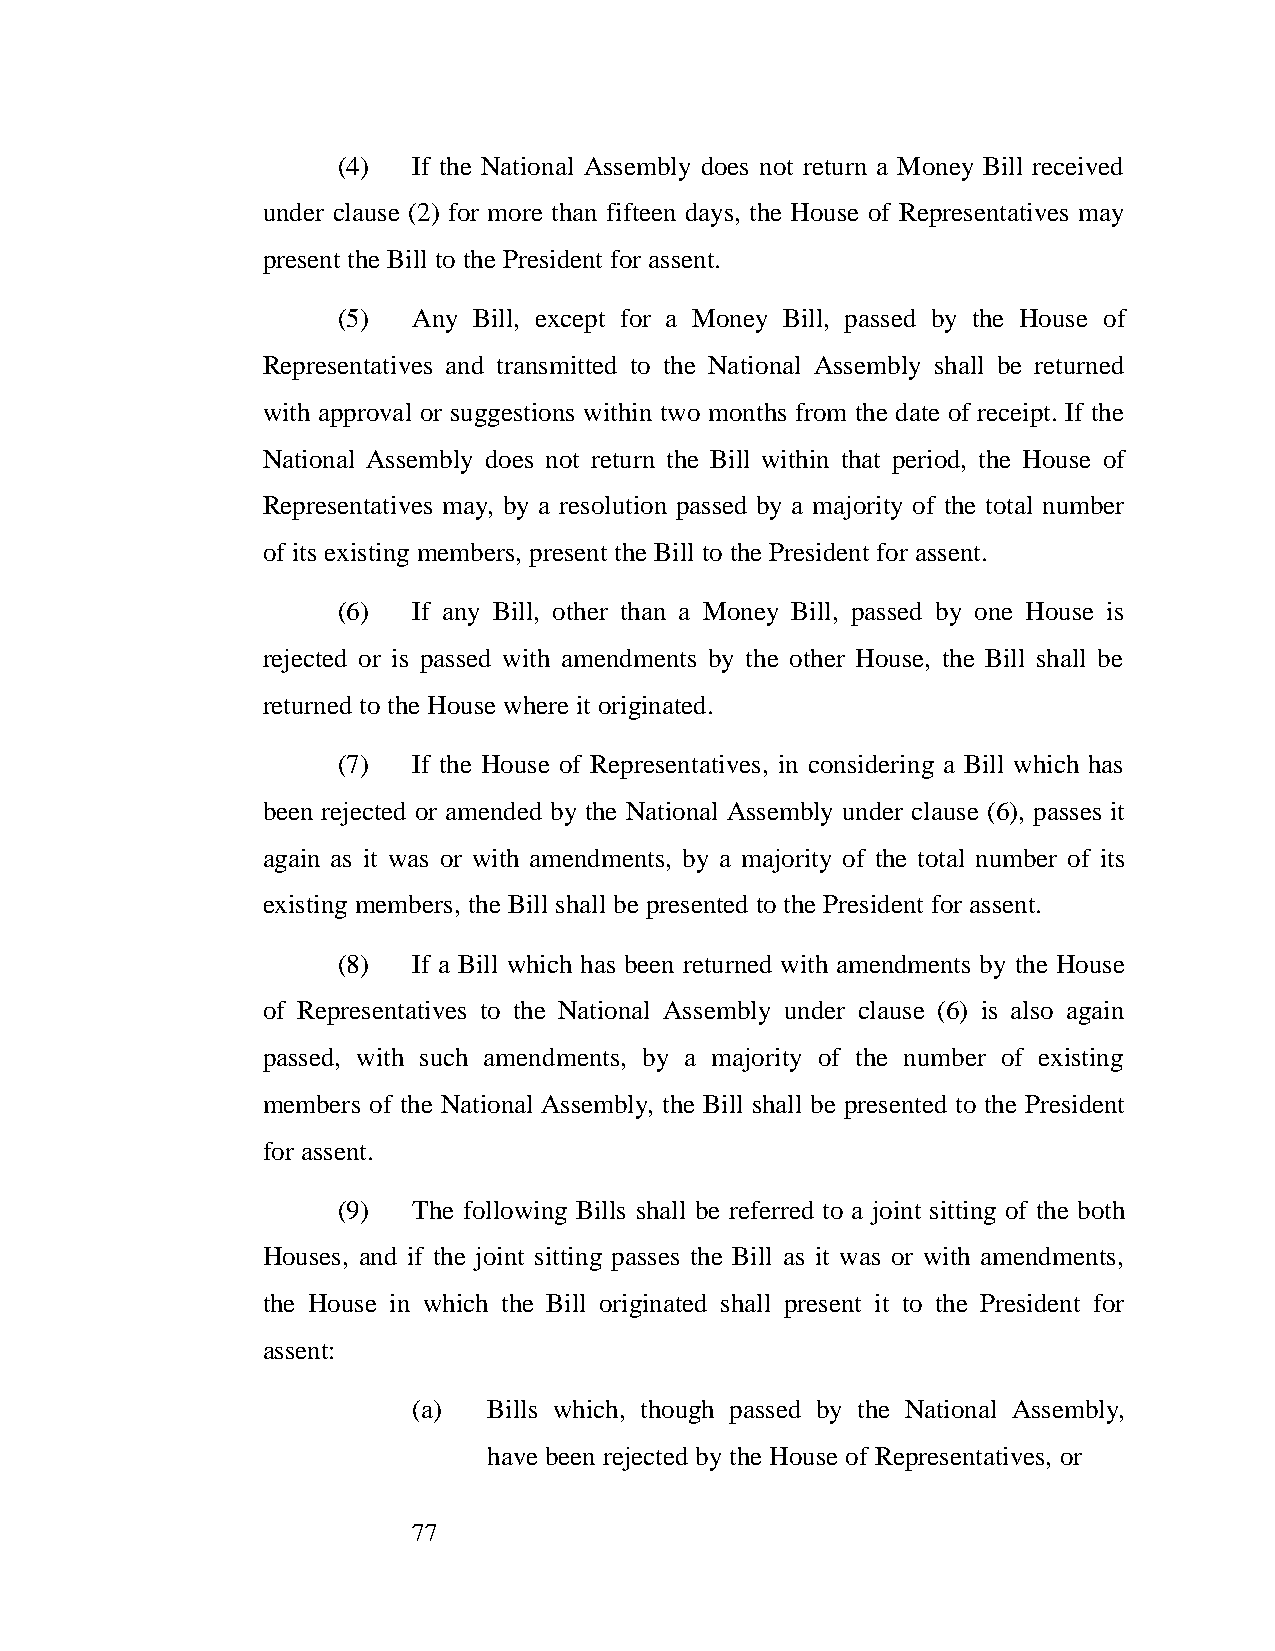
(4)  If the National Assembly does not return a Money Bill received
 under clause (2) for more than fifteen days, the House of Representatives may
 present the Bill to the President for assent.
 (5)  Any Bill, except for a Money Bill, passed by the House of
 Representatives and transmitted to the National Assembly shall be returned
 with approval or suggestions within two months from the date of receipt. If the
 National Assembly does not return the Bill within that period, the House of
 Representatives may, by a resolution passed by a majority of the total number
 of its existing members, present the Bill to the President for assent.
 (6)  If any Bill, other than a Money Bill, passed by one House is
 rejected or is passed with amendments by the other House, the Bill shall be
 returned to the House where it originated.
 (7)  If the House of Representatives, in considering a Bill which has
 been rejected or amended by the National Assembly under clause (6), passes it
 again as it was or with amendments, by a majority of the total number of its
 existing members, the Bill shall be presented to the President for assent.
 (8)  If a Bill which has been returned with amendments by the House
 of Representatives to the National Assembly under clause (6) is also again
 passed, with such amendments, by a majority of the number of existing
 members of the National Assembly, the Bill shall be presented to the President
 for assent.
 (9)  The following Bills shall be referred to a joint sitting of the both
 Houses, and if the joint sitting passes the Bill as it was or with amendments,
 the House in which the Bill originated shall present it to the President for
 assent:
 (a)  Bills which, though passed by the National Assembly,
 have been rejected by the House of Representatives, or
 77